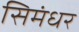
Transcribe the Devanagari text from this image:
सिमंधर